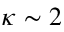
\kappa \sim 2